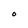
Character: 0